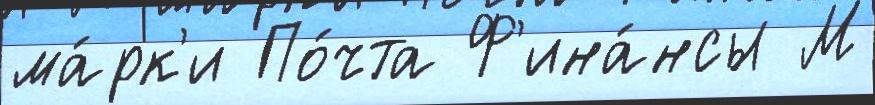
ма́рк'и По́чта Ф'ина́нсы М